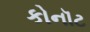
કોનૉટ